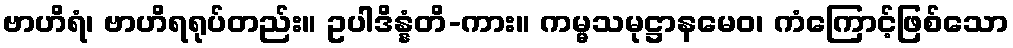
ဗာဟိရံ၊ ဗာဟိရရုပ်တည်း။ ဥပါဒိန္နံတိ-ကား။ ကမ္မသမုဋ္ဌာနမေဝ၊ ကံကြောင့်ဖြစ်သော